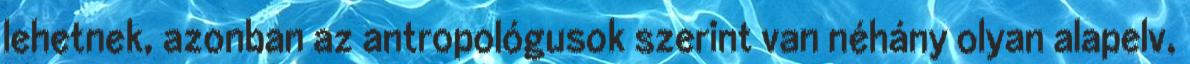
lehetnek, azonban az antropológusok szerint van néhány olyan alapelv,